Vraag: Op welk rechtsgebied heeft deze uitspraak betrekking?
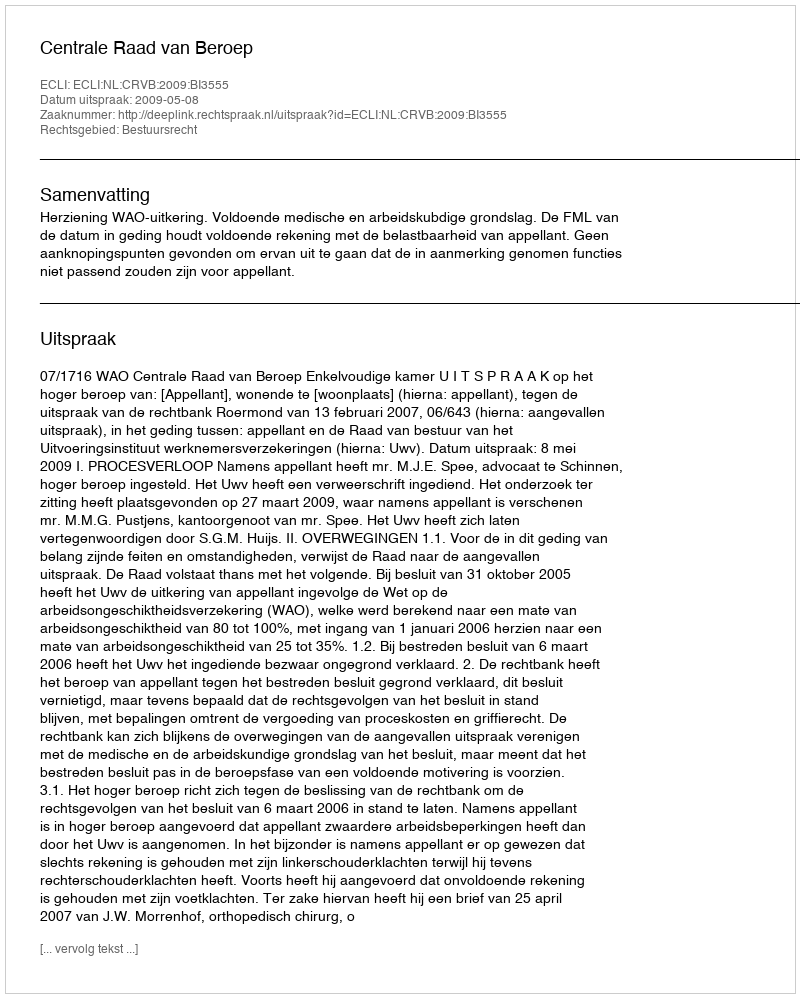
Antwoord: Bestuursrecht